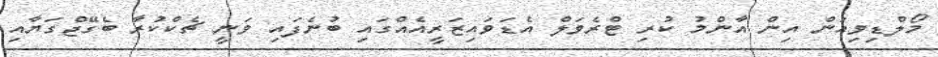
މޯލްޑިވިއަން އިން އާންމު ކުރި ޓްރެވަލް އެޑަވައިޒަރީއެއްގައި ބުނެފައި ވަނީ ޗެކްކުރާ ބެގޭޖްގަޔާއި